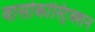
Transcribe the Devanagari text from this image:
वासोकांस्ट्रिक्शन